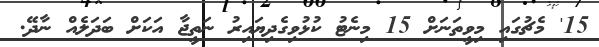
15' މެޗުގައި މިވީތަނަށް 15 މިނެޓު ކުޅުވިގެދިޔައިރު ނަތީޖާ އަކަށް ބަދަލެއް ނާދޭ.